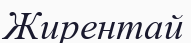
Жирентай